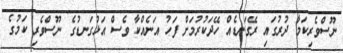
ނޫސްވެރިކަމާ ދުރުގައި ރޭގަނޑެއް ހޭދަކުރުމަށް ފަހު އަނެއްކާ ވެސް އަޅުގަނޑުގެ ނޫސްވެރި ކަމުގެ